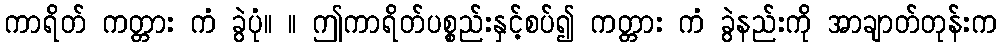
ကာရိတ် ကတ္တား ကံ ခွဲပုံ။ ။ ဤကာရိတ်ပစ္စည်းနှင့်စပ်၍ ကတ္တား ကံ ခွဲနည်းကို အာချာတ်တုန်းက